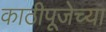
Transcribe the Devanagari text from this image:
काठीपूजेच्या